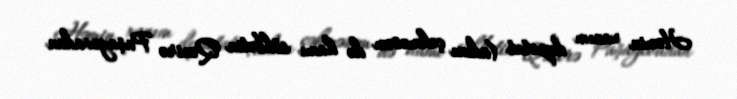
Həmin xanım deputat (adını çəkməsəm də hamı söhbətin Qənirə Paşayevadan